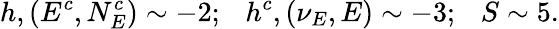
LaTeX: h,(E^{c},N_{E}^{c})\sim-2;~~~h^{c},(\nu_{E},E)\sim-3;~~~S\sim 5.